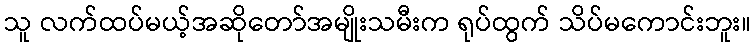
သူ လက်ထပ်မယ့်အဆိုတော်အမျိုးသမီးက ရုပ်ထွက် သိပ်မကောင်းဘူး။